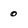
Character: o